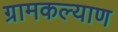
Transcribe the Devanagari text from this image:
ग्रामकल्याण